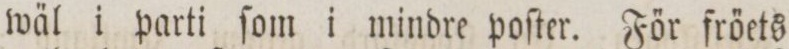
wäl i parti ſom i mindre poſter. För fröets